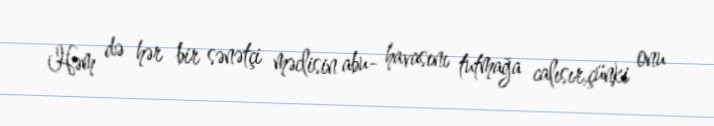
Həm də hər bir sənətçi məclisin abu- havasını tutmağa calısır,çünki onu